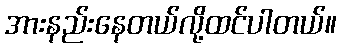
အားနည်းနေတယ်လို့ထင်ပါတယ်။